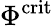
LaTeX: \Phi^{\mathrm{crit}}